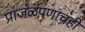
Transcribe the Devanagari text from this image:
प्राजंळपणाचंही